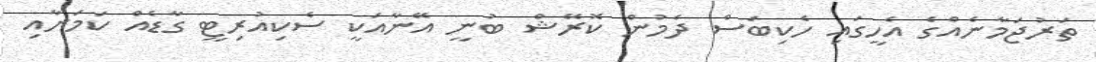
ތަރުޖަމާނެއްގެ އެހީގައި ހެކިބަސް ދެމުން ކޮރޭޝް ބުނީ އޭނާއަކީ ސެކިއުރިޓީ ގާޑެއް ކަމަށާއި